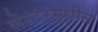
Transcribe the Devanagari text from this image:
लेस्टरमधील